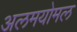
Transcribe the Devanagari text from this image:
अलमयोमल